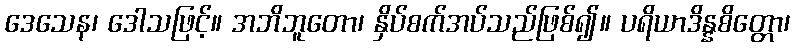
ဒေသေန၊ ဒေါသဖြင့်။ အဘိဘူတော၊ နှိပ်စက်အပ်သည်ဖြစ်၍။ ပရိယာဒိန္နစိတ္တော၊